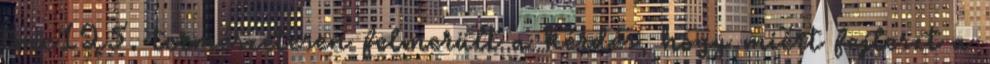
tmc125. természetesen felmerült a kérdés, hogy miért fejleszt a